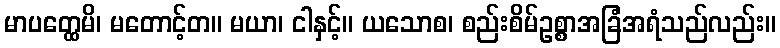
မာပတ္ထေမိ၊ မတောင့်တ။ မယာ၊ ငါနှင့်။ ယသောစ၊ စည်းစိမ်ဥစ္စာအခြံအရံသည်လည်း။